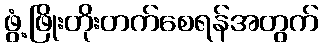
ဖွံ့ဖြိုးတိုးတက်စေရန်အတွက်